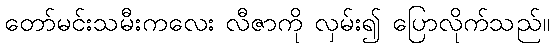
တော်မင်းသမီးကလေး လီဇာကို လှမ်း၍ ပြောလိုက်သည်။